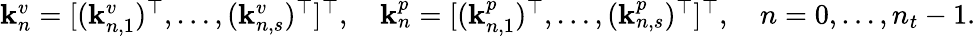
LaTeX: \begin{array}{c}{\mathbf{k}_{n}^{v}=[(\mathbf{k}_{n,1}^{v})^{\top},\ldots,(\mathbf{k}_{n,s}^{v})^{\top}]^{\top},\quad\mathbf{k}_{n}^{p}=[(\mathbf{k}_{n,1}^{p})^{\top},\ldots,(\mathbf{k}_{n,s}^{p})^{\top}]^{\top},\quad n=0,\ldots,n_{t}-1.}\end{array}